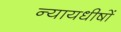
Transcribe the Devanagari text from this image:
न्यायधीषों